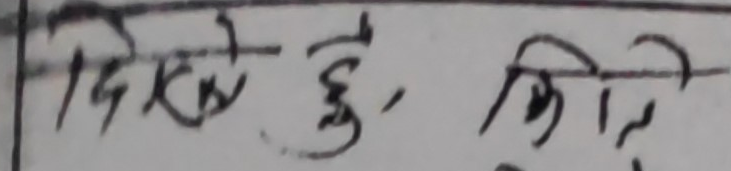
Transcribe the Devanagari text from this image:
दिएछु, किनकि